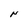
Character: N